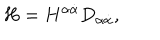
H = H ^ { \alpha \dot { \alpha } } D _ { \alpha \dot { \alpha } } ,